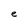
Character: e